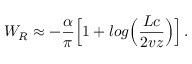
W _ { R } \approx - { \frac { \alpha } { \pi } } \Bigl [ 1 + l o g \Bigl ( { \frac { L c } { 2 v z } } \Bigr ) \Bigr ] \, .